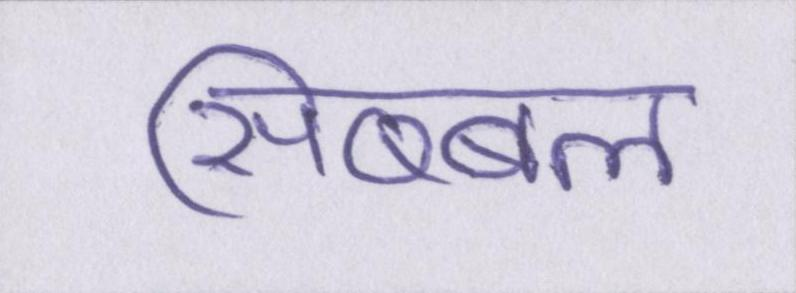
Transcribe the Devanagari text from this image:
सिब्बल